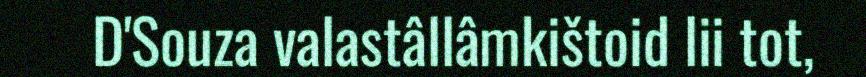
D'Souza valastâllâmkištoid lii tot,